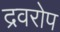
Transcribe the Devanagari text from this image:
द्रवरोप